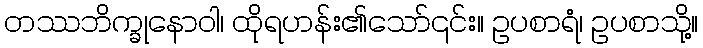
တဿဘိက္ခုနောဝါ၊ ထိုရဟန်း၏သော်၎င်း။ ဥပစာရံ၊ ဥပစာသို့။